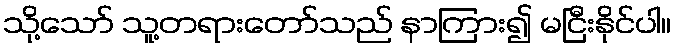
သို့သော် သူ့တရားတော်သည် နာကြား၍ မငြီးနိုင်ပါ။